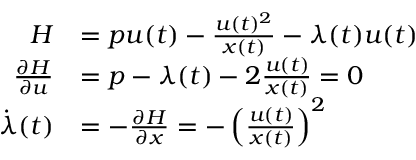
{ \begin{array} { r l } { H } & { = p u ( t ) - { \frac { u ( t ) ^ { 2 } } { x ( t ) } } - \lambda ( t ) u ( t ) } \\ { { \frac { \partial H } { \partial u } } } & { = p - \lambda ( t ) - 2 { \frac { u ( t ) } { x ( t ) } } = 0 } \\ { { \dot { \lambda } } ( t ) } & { = - { \frac { \partial H } { \partial x } } = - \left( { \frac { u ( t ) } { x ( t ) } } \right) ^ { 2 } } \end{array} }